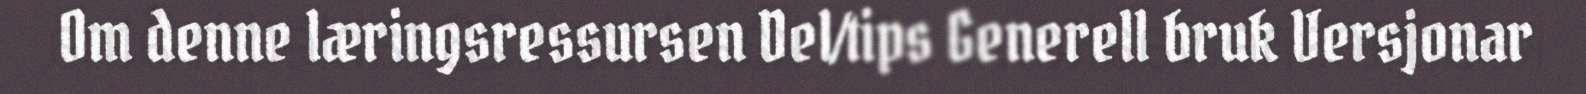
Om denne læringsressursen Del/tips Generell bruk Versjonar